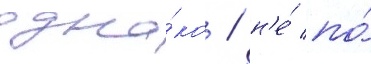
одна́ко / н'е́ по́